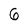
Character: 6